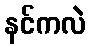
နင်ကလဲ